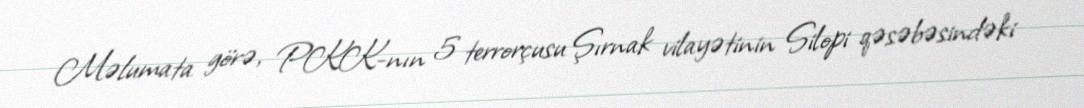
Məlumata görə, PKK-nın 5 terrorçusu Şırnak vilayətinin Silopi qəsəbəsindəki